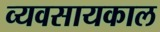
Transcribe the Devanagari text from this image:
व्यवसायकाल